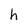
Character: h